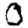
Digit: 0